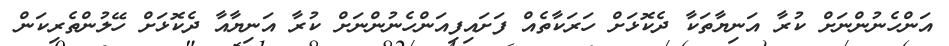
އަންހެނުންނަށް ކުރާ އަނިޔާތަކާ ދެކޮޅަށް ހަރަކާތެއް ފަށައިފިއަންހެނުންނަށް ކުރާ އަނިޔާއާ ދެކޮޅަށް ހޭލުންތެރިކަން